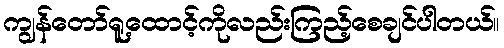
ကျွန်တော်ရူ့ထောင့်ကိုလည်းကြည့်စေချင်ပါတယ်။